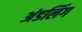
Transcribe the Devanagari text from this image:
अंडलिंग